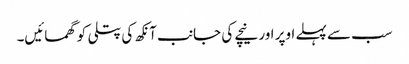
سب سے پہلے اوپر اور نیچے کی جانب آنکھ کی پتلی کو گھمائیں۔